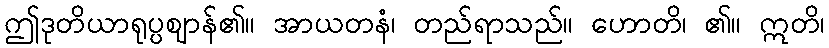
ဤဒုတိယာရုပ္ပဈာန်၏။ အာယတနံ၊ တည်ရာသည်။ ဟောတိ၊ ၏။ ဣတိ၊